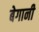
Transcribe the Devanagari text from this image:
बेगानी